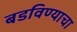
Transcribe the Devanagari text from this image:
बडविण्याचा